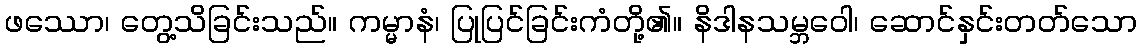
ဖဿော၊ တွေ့သိခြင်းသည်။ ကမ္မာနံ၊ ပြုပြင်ခြင်းကံတို့၏။ နိဒါနသမ္ဘဝေါ၊ ဆောင်နှင်းတတ်သော